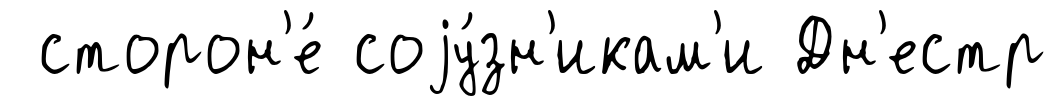
сторон'е́ соjу́зн'икам'и Дн'естр